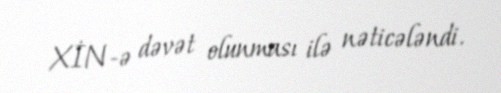
XİN-ə dəvət olunması ilə nəticələndi.